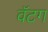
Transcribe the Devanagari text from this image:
वॅटग